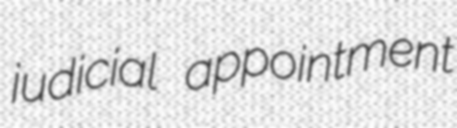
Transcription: judicial appointment